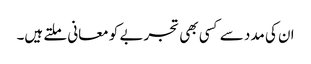
ان کی مدد سے کسی بھی تجربے کو معانی ملتے ہیں۔